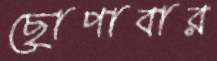
ছোপাবার